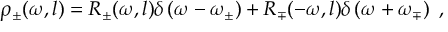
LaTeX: \rho _ { \pm } ( \omega , l ) = R _ { \pm } ( \omega , l ) \delta \left( \omega - \omega _ { \pm } \right) + R _ { \mp } ( - \omega , l ) \delta \left( \omega + \omega _ { \mp } \right) \ ,